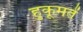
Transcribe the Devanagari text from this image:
हुकूमतें